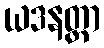
ယဒနတ္တာ